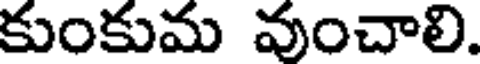
కుంకుమ వుంచాలి.